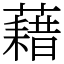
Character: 藉